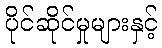
ပိုင်ဆိုင်မှုများနှင့်